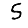
Digit: 5